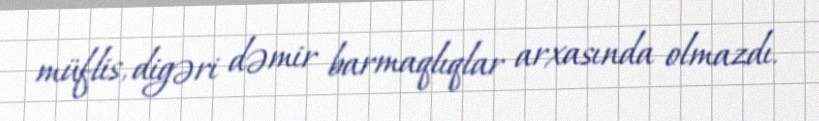
müflis, digəri dəmir barmaqlıqlar arxasında olmazdı.